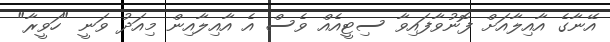
އޭނާގެ އާއިލާއަށް ފޮނުވާފައިވާ ސިޓީއެއް ވެސް އެ އާއިލާއިން މިއަދު ވަނީ "ހަވީރާ"